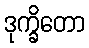
ဒုက္ခိတော